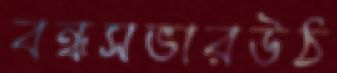
বন্ধসভারউঠ